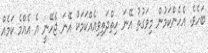
ބަހެވެ. އެހެންކަމުން މިވަގުތު އޭނަ ހިތްދަތިވިއެއްކަމަކު އޭނަ ޖެހޭނީ އެ އެއްމެ ކަމެއް